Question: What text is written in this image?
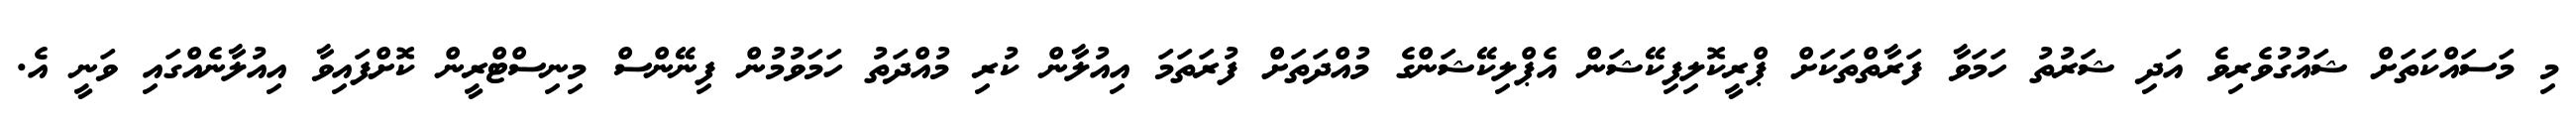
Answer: މި މަސައްކަތަށް ޝައުގުވެރިވެ އަދި ޝަރުތު ހަމަވާ ފަރާތްތަކަށް ޕްރީކޮލިފިކޭޝަން އެޕްލިކޭޝަންގެ މުއްދަތަށް ފުރަތަމަ އިއުލާން ކުރި މުއްދަތު ހަމަވުމުން ފިނޭންސް މިނިސްޓްރީން ކޮށްފައިވާ އިއުލާނެއްގައި ވަނީ އެ.